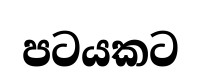
පටයකට